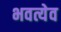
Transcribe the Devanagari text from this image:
भवत्येव